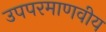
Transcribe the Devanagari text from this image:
उपपरमाणवीय